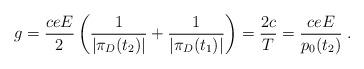
LaTeX: \begin{align*}g=\frac{c eE}{2}\left(\frac{1}{|\pi_D(t_2)|}+\frac{1}{|\pi_D(t_1)|}\right)=\frac{2c }{T}=\frac{c eE}{p_0(t_2)}\;.\end{align*}